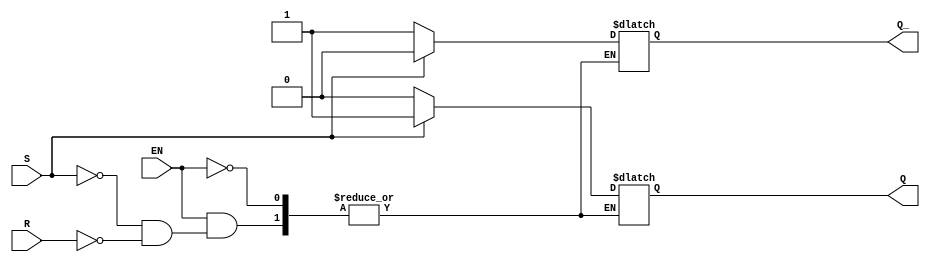
module SR_flip_flop(
    input S, // Set input
    input R, // Reset input
    input EN, // Enable input
    output reg Q, // Output Q
    output reg Q_ // Output Q_
);

always @ (S or R or EN) begin
    if (EN) begin
        if (S) begin
            Q <= 1; // Set Q
            Q_ <= 0; // Reset Q_
        end
        else if (R) begin
            Q <= 0; // Reset Q
            Q_ <= 1; // Set Q_
        end
    end
end

endmodule